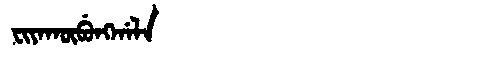
Manchu: ᠸᡳᠶᠠᡴᡡᠪᡠᠩᡤᠠᠯᠠ
Romanization: FIYAKŪBUNGGALA